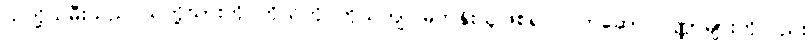
သတို့သမီးသည် သတို့သားကို ကိုယ်တိုင်ကိုယ်ကျ မြတ်နိုးသူဖြစ်၍ လက်ဆောင်ပဏ္ဏာများကိုလည်း